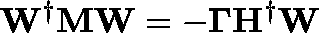
\mathbf { W } ^ { \dagger } \mathbf { M } \mathbf { W } = - \mathbf { \Gamma } \mathbf { H } ^ { \dagger } \mathbf { W }